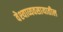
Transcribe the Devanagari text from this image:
वेश्याव्यवसायातील